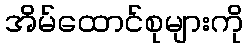
အိမ်ထောင်စုများကို